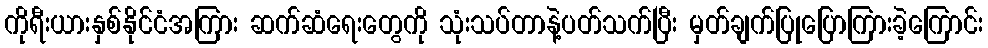
ကိုရီးယားနှစ်နိုင်ငံအကြား ဆက်ဆံရေးတွေကို သုံးသပ်တာနဲ့ပတ်သက်ပြီး မှတ်ချက်ပြုပြောကြားခဲ့ကြောင်း